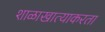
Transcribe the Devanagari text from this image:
शाळाखात्याकरता